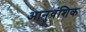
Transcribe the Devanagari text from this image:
आनुवंशिक